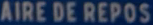
AIRE DE REPOS